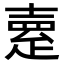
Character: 𤴞